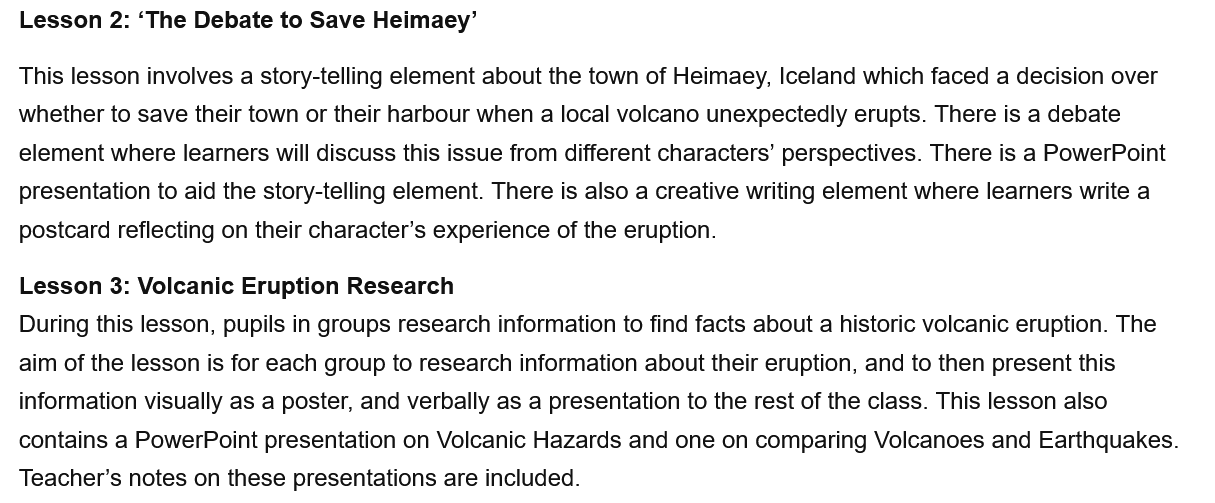
This lesson involves a story-telling element about the town of Heimaey, Iceland which faced a decision over
  whether to save their town or their harbour when a local volcano unexpectedly erupts. There is a debate
  element where learners will discuss this issue from different characters’ perspectives. There is a PowerPoint
  presentation to aid the story-telling element. There is also a creative writing element where learners write a
  postcard reflecting on their character’s experience of the eruption.
  Lesson  2: ‘The Debate to Save Heimaey’
  Lesson 3: Volcanic Eruption Research
  During this lesson, pupils in groups research information to find facts about a historic volcanic eruption. The
  aim of the lesson is for each group to research information about their eruption, and to then present this
  information visually as a poster, and verbally as a presentation to the rest of the class. This lesson also
  contains a PowerPoint presentation on Volcanic Hazards and one on comparing Volcanoes and Earthquakes.
  Teacher’s notes on these presentations are included.